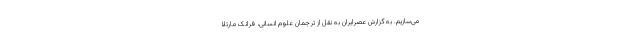
می‌سازیم. به گزارش عصرایران به نقل از ترجمان علوم انسانی، فرانک مارتلا